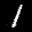
Label: 1